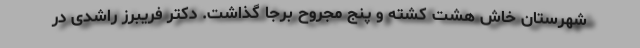
شهرستان خاش هشت کشته و پنج مجروح برجا گذاشت. دکتر فریبرز راشدی در